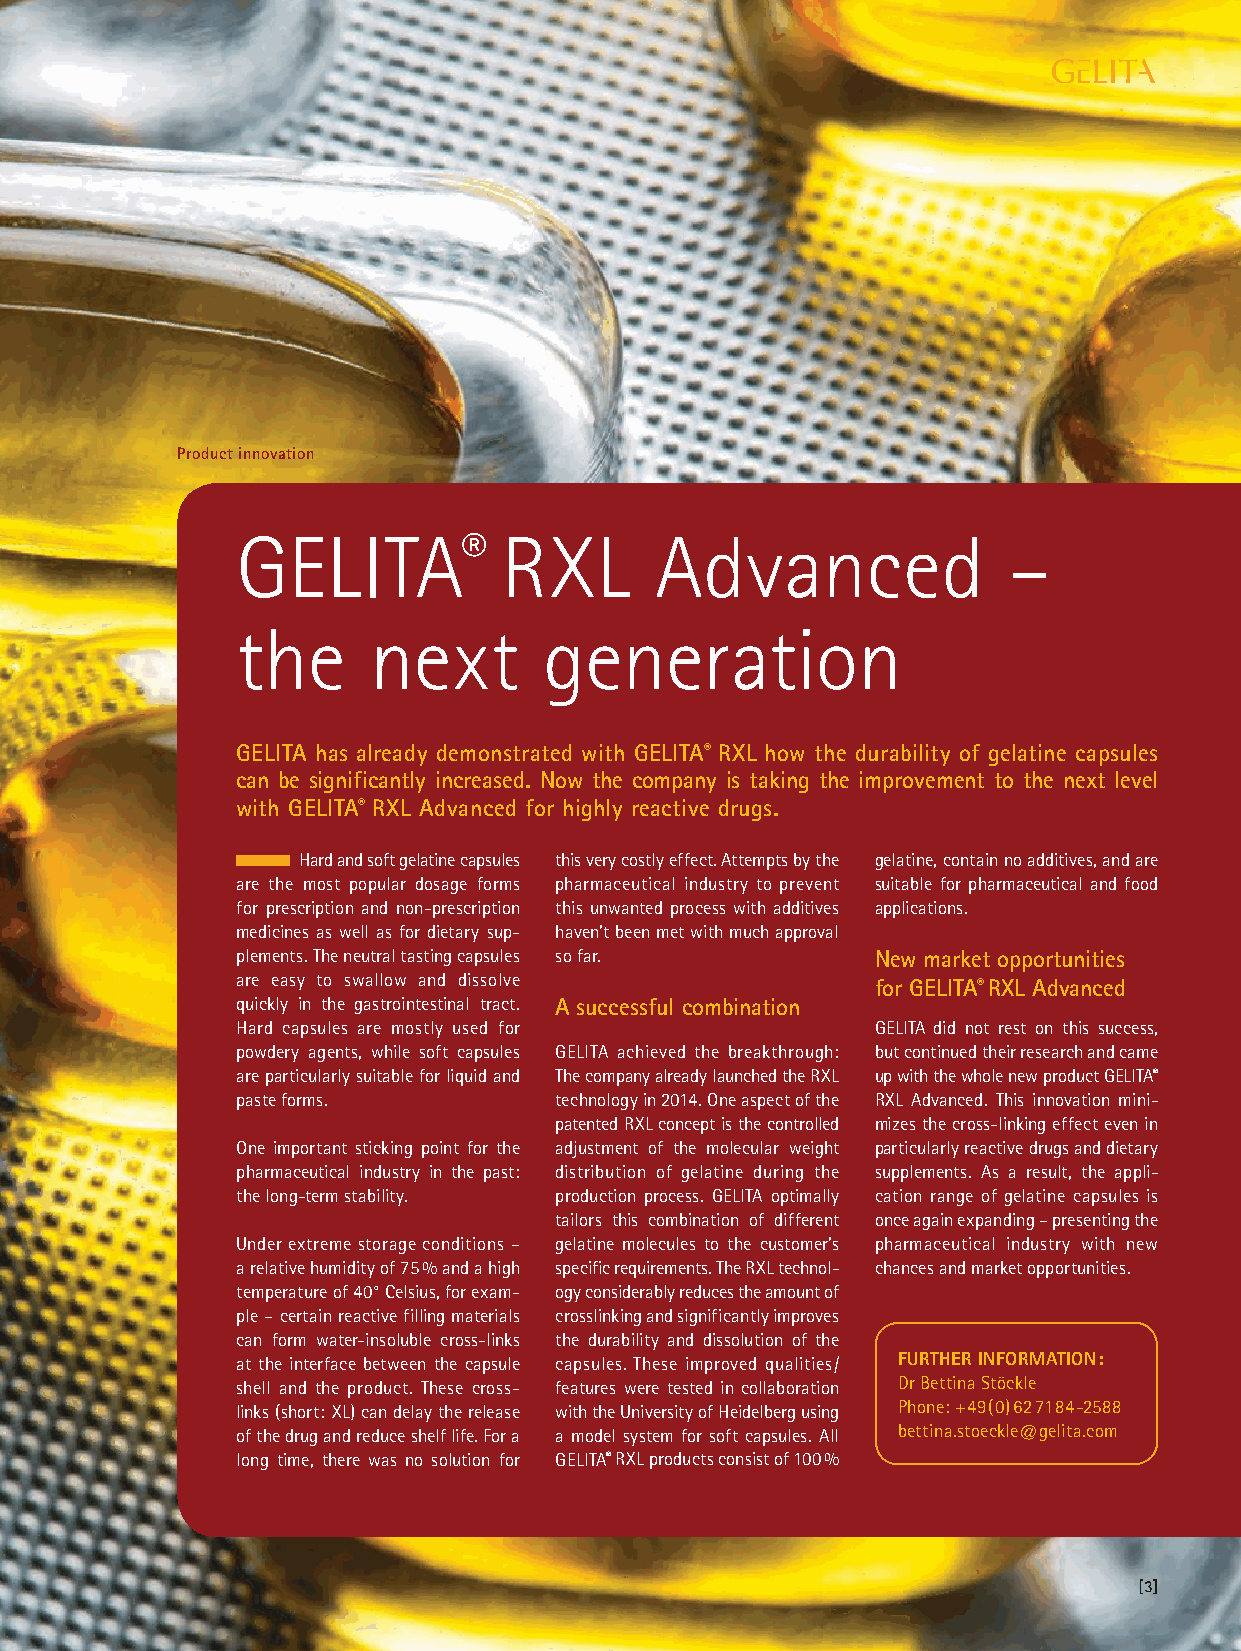
Product innovation
 GELITA®          RXL       Advanced                –
 the     next        generation
 GELITA has already demonstrated with GELITA® RXL how the durability of gelatine capsules
 can be significantly increased. Now the company is taking the improvement to the next level
 with GELITA® RXL Advanced for highly reactive drugs.
 Hard and soft gelatine capsules this very costly effect. Attempts by the gelatine, contain no additives, and are
 are the most popular dosage forms pharmaceutical industry to prevent suitable for pharmaceutical and food
 for prescription and non-prescription this unwanted process with additives applications.
 medicines as well as for dietary sup- haven’t been met with much approval
 plements. The neutral tasting capsules so far. New market opportunities
 are easy to swallow and dissolve          for GELITA® RXL Advanced
 quickly in the gastrointestinal tract. A successful combination
 Hard capsules are mostly used for         GELITA did not rest on this success,
 powdery agents, while soft capsules GELITA achieved the breakthrough: but continued their research and came
 are particularly suitable for liquid and The company already launched the RXL up with the whole new product GELITA®
 paste forms.         technology in 2014. One aspect of the RXL Advanced. This innovation mini-
 patented RXL concept is the controlled mizes the cross-linking effect even in
 One important sticking point for the adjustment of the molecular weight particularly reactive drugs and dietary
 pharmaceutical industry in the past: distribution of gelatine during the supplements. As a result, the appli-
 the long-term stability. production process. GELITA optimally cation range of gelatine capsules is
 tailors this combination of different once again expanding – presenting the
 Under extreme storage conditions – gelatine molecules to the customer’s pharmaceutical industry with new
 a relative humidity of 75% and a high specific requirements. The RXL technol- chances and market opportunities.
 temperature of 40° Celsius, for exam- ogy considerably reduces the amount of
 ple – certain reactive filling materials crosslinking and significantly improves
 can form water-insoluble cross-links the durability and dissolution of the
 at the interface between the capsule capsules. These improved qualities/ FURTHER INFORMATION:
 shell and the product. These cross- features were tested in collaboration Dr Bettina Stöckle
 links (short: XL) can delay the release with the University of Heidelberg using Phone: +49 (0) 62 71 84-2588
 of the drug and reduce shelf life. For a a model system for soft capsules. All bettina.stoeckle@gelita.com
 long time, there was no solution for GELITA® RXL products consist of 100%
 [3]